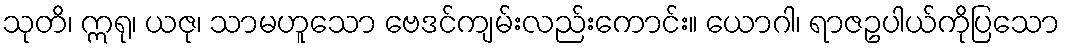
သုတိ၊ ဣရု၊ ယဇု၊ သာမဟူသော ဗေဒင်ကျမ်းလည်းကောင်း။ ယောဂါ၊ ရာဇဥပါယ်ကိုပြသော